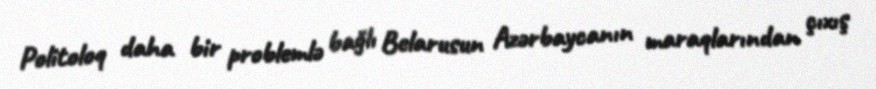
Politoloq daha bir problemlə bağlı Belarusun Azərbaycanın maraqlarından çıxış